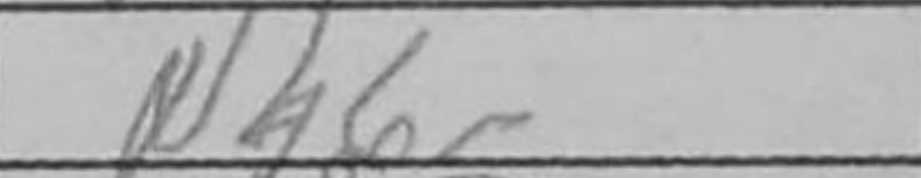
Transcription: Nh6